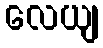
လေယျ